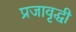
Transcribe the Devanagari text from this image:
प्रजावृद्धी